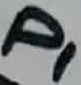
Text: P1